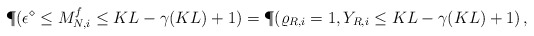
\begin{align*} \P(\epsilon^\diamond \leq M_{N, i}^f \leq KL - \gamma(KL) + 1) = \P(\varrho_{R, i} = 1, Y_{R, i}\leq KL - \gamma(KL) +1)\,,\end{align*}